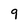
Character: 9